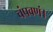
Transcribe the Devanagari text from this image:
चंपवणं।